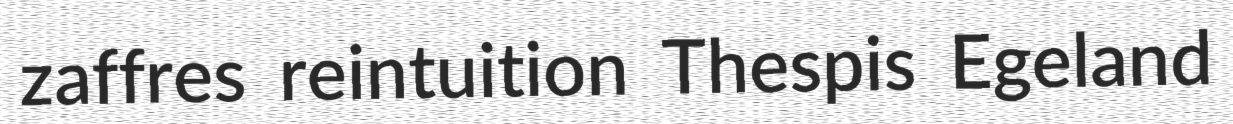
zaffres reintuition Thespis Egeland